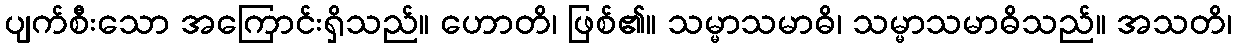
ပျက်စီးသော အကြောင်းရှိသည်။ ဟောတိ၊ ဖြစ်၏။ သမ္မာသမာဓိ၊ သမ္မာသမာဓိသည်။ အသတိ၊